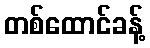
တစ်ထောင်ခန့်